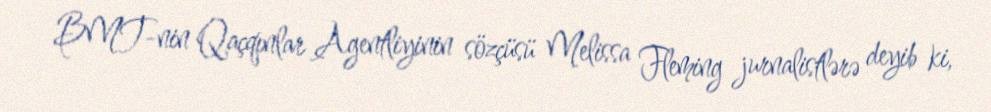
BMT-nin Qaçqınlar Agentliyinin sözçüsü Melissa Fleming jurnalistlərə deyib ki,